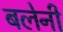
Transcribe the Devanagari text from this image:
बलेनी